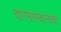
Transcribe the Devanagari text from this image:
वारसास्थानाचा